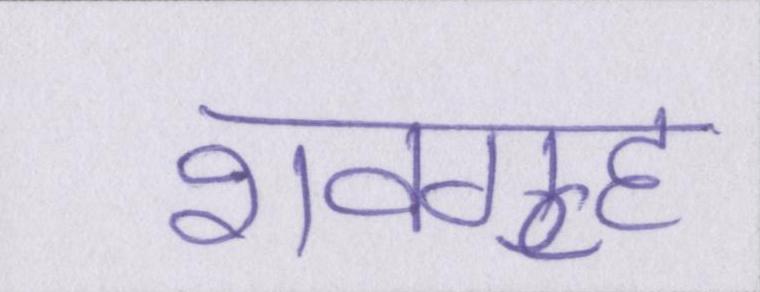
शवगृह